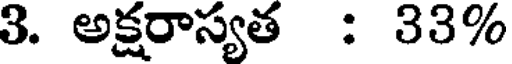
3. అక్షరాస్యత : 33%